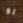
لو